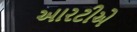
આરટીએ